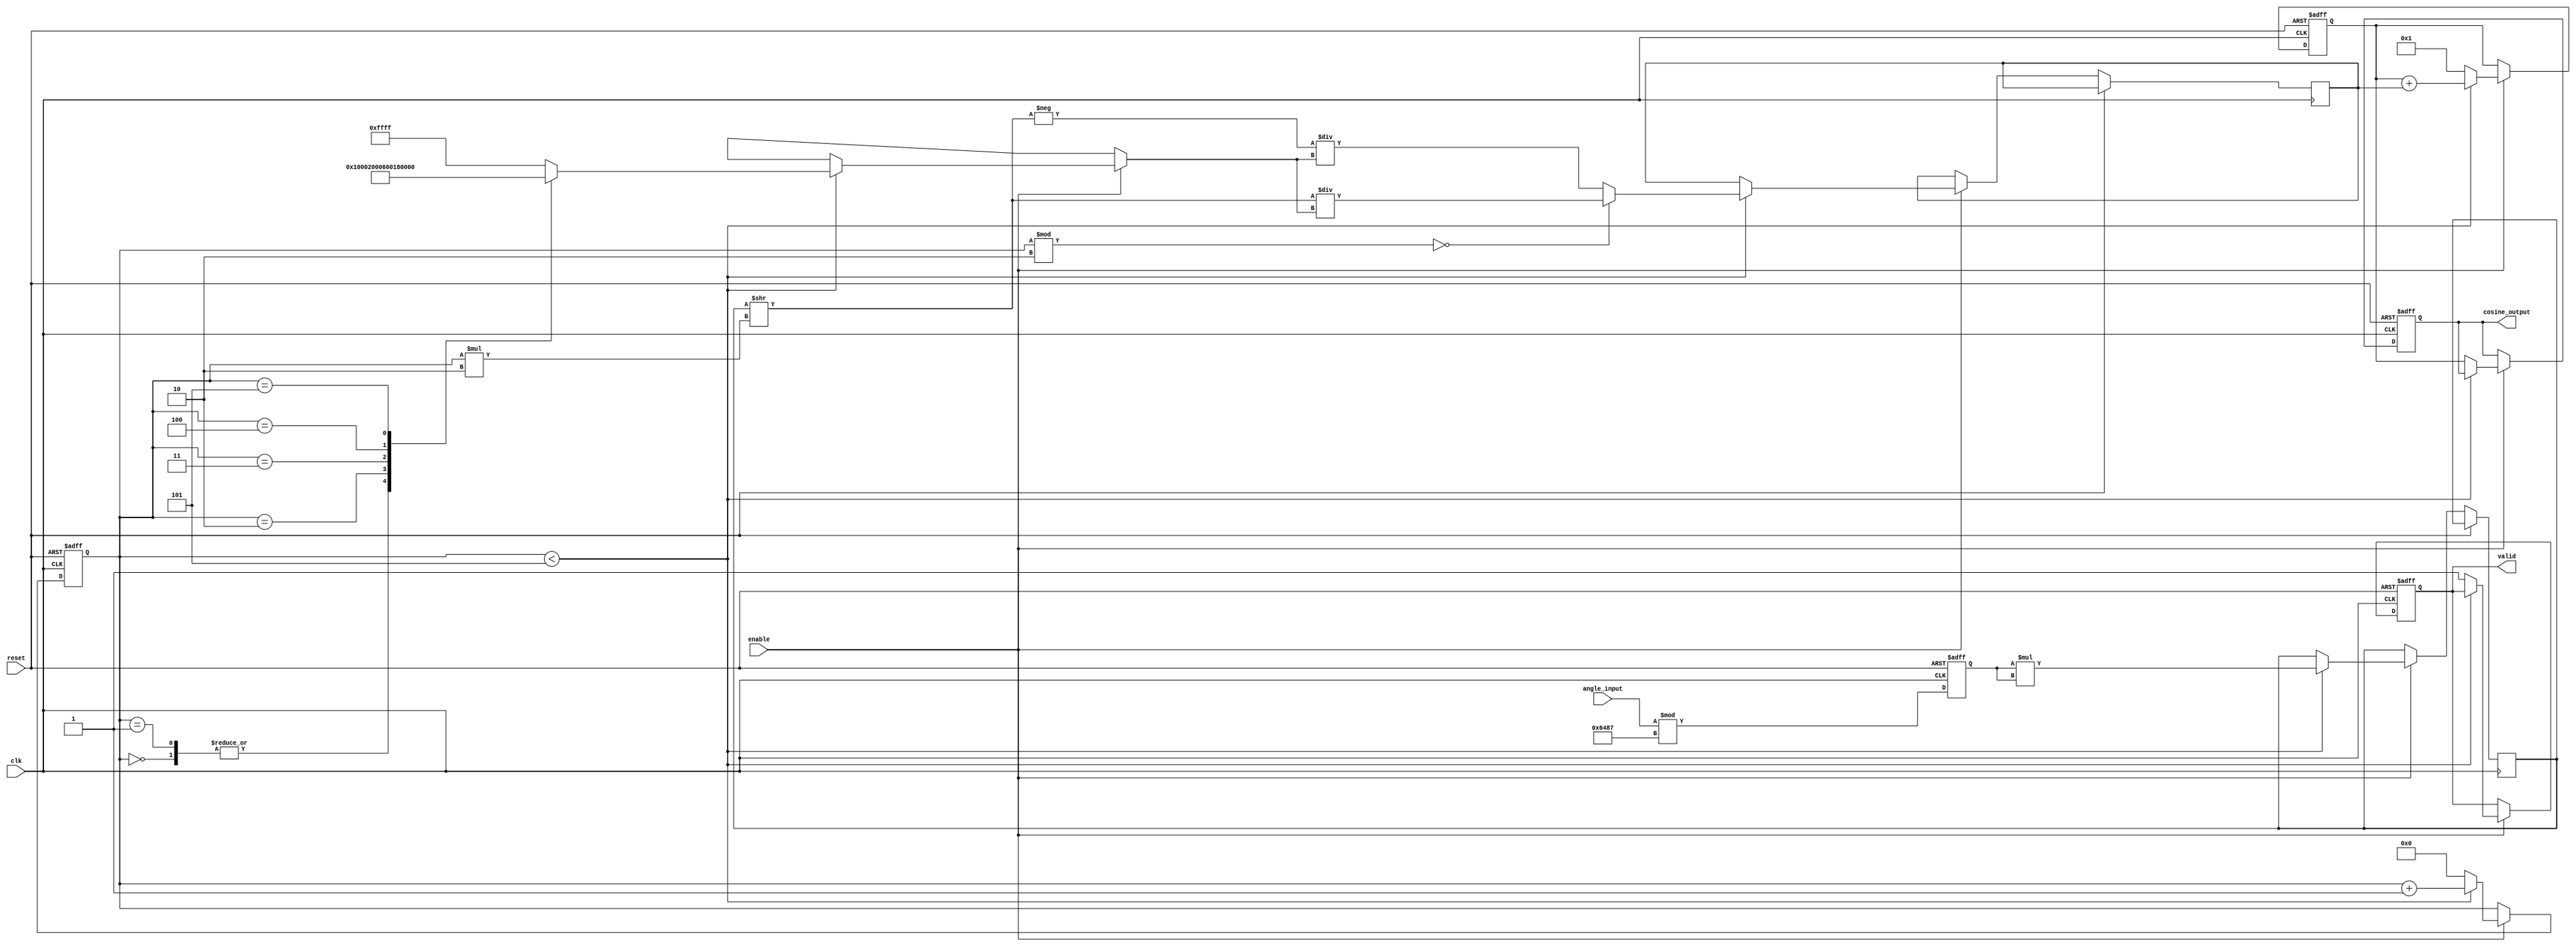
module cosine_block (
    input wire clk,
    input wire reset,
    input wire enable,
    input wire [15:0] angle_input, // Fixed-point representation of angle in radians
    output reg [15:0] cosine_output, // Fixed-point representation of cosine output
    output reg valid // Signal to indicate output is valid
);

    // Constants for Taylor series expansion
    parameter NUM_TERMS = 5; // Number of terms in Taylor series
    parameter PI = 16'h3243; // Fixed-point representation of  (3.14159...)
    parameter TWO_PI = 16'h6487; // Fixed-point representation of 2 (6.28318...)

    reg [15:0] angle_normalized;
    reg [15:0] term;
    reg [15:0] sum;
    reg [3:0] term_index;
    reg [15:0] angle_squared;

    // Angle normalization to [0, 2]
    always @(posedge clk or posedge reset) begin
        if (reset) begin
            angle_normalized <= 16'h0;
        end else begin
            angle_normalized <= angle_input % TWO_PI; // Normalize angle
        end
    end

    // Taylor series computation
    always @(posedge clk or posedge reset) begin
        if (reset) begin
            cosine_output <= 16'h0;
            valid <= 1'b0;
            term_index <= 4'h0;
            sum <= 16'h1; // Start with the first term (1)
        end else if (enable) begin
            if (term_index < NUM_TERMS) begin
                // Calculate the next term in the series
                angle_squared <= angle_normalized * angle_normalized; // ^2
                term <= (term_index % 2 == 0) ? (angle_squared >> (term_index * 2)) / factorial(term_index) : -(angle_squared >> (term_index * 2)) / factorial(term_index);
                sum <= sum + term;
                term_index <= term_index + 1;
            end else begin
                cosine_output <= sum; // Output the computed cosine value
                valid <= 1'b1; // Indicate that the output is valid
                term_index <= 4'h0; // Reset term index for next computation
                sum <= 16'h1; // Reset sum for next computation
            end
        end
    end

    // Factorial function (simple implementation for small numbers)
    function [15:0] factorial(input [3:0] n);
        begin
            case (n)
                4'h0: factorial = 16'h1;
                4'h1: factorial = 16'h1;
                4'h2: factorial = 16'h2;
                4'h3: factorial = 16'h6;
                4'h4: factorial = 16'h18;
                4'h5: factorial = 16'h78;
                default: factorial = 16'hFFFF; // Error case
            endcase
        end
    endfunction

endmodule